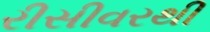
રીસીવરથી